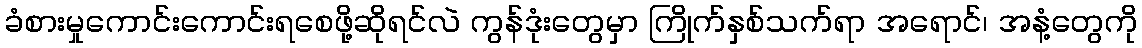
ခံစားမှုကောင်းကောင်းရစေဖို့ဆိုရင်လဲ ကွန်ဒုံးတွေမှာ ကြိုက်နှစ်သက်ရာ အရောင်၊ အနံ့တွေကို